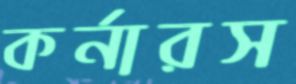
কর্নারস